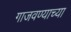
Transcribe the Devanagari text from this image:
गाजवण्याच्या